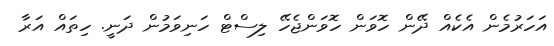
އަހަރުމެން އެކެއް ދޭން ހޮވަން ހޮވަންޖެހޭ ލިސްޓް ހަނިވަމުން ދަނީ. ހިތައް އަރާ